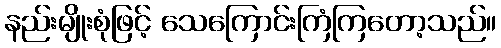
နည်းမျိုးစုံဖြင့် သေကြောင်းကြံကြတော့သည်။